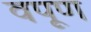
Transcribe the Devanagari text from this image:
वपूण